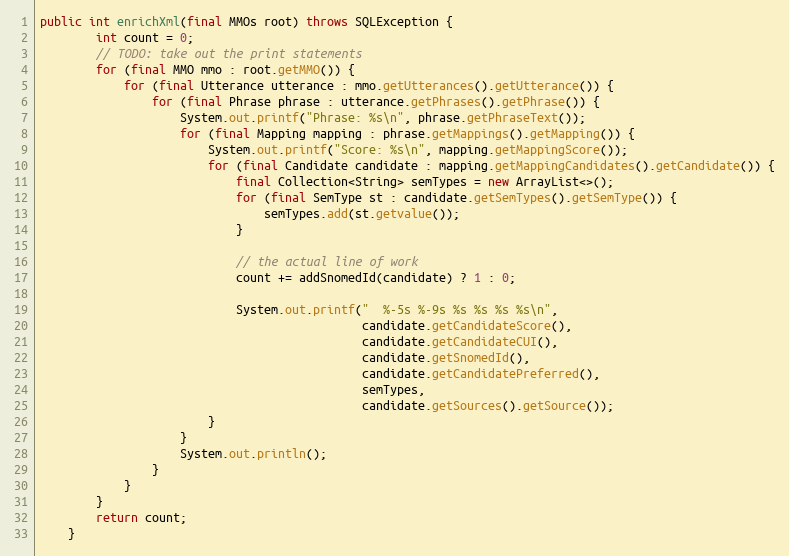
Language: Java
public int enrichXml(final MMOs root) throws SQLException {
        int count = 0;
        // TODO: take out the print statements
        for (final MMO mmo : root.getMMO()) {
            for (final Utterance utterance : mmo.getUtterances().getUtterance()) {
                for (final Phrase phrase : utterance.getPhrases().getPhrase()) {
                    System.out.printf("Phrase: %s\n", phrase.getPhraseText());
                    for (final Mapping mapping : phrase.getMappings().getMapping()) {
                        System.out.printf("Score: %s\n", mapping.getMappingScore());
                        for (final Candidate candidate : mapping.getMappingCandidates().getCandidate()) {
                            final Collection<String> semTypes = new ArrayList<>();
                            for (final SemType st : candidate.getSemTypes().getSemType()) {
                                semTypes.add(st.getvalue());
                            }

                            // the actual line of work
                            count += addSnomedId(candidate) ? 1 : 0;

                            System.out.printf("  %-5s %-9s %s %s %s %s\n",
                                              candidate.getCandidateScore(),
                                              candidate.getCandidateCUI(),
                                              candidate.getSnomedId(),
                                              candidate.getCandidatePreferred(),
                                              semTypes,
                                              candidate.getSources().getSource());
                        }
                    }
                    System.out.println();
                }
            }
        }
        return count;
    }